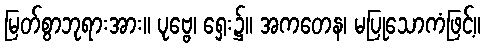
မြတ်စွာဘုရားအား။ ပုဗ္ဗေ၊ ရှေး၌။ အကတေန၊ မပြုသောကံဖြင့်။